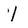
Character: 1